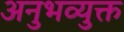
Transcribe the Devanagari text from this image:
अनुभव्युक्त